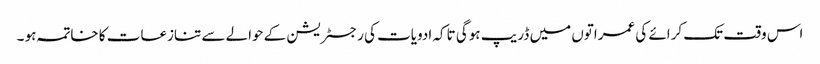
اس وقت تک کرائے کی عمراتوں میں ڈریپ ہوگی تاکہ ادویات کی رجسٹریشن کے حوالے سے تنازعات کا خاتمہ ہو ۔